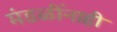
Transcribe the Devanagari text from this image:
मंडळींनाही